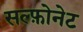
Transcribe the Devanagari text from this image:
सल्फ़ोनेट